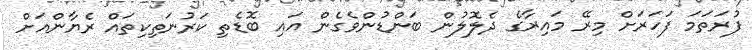
ފުރަތަމަ ފަހަރަށް މިރޭ މައިރާގެ ދެލޮލުން ބަންޑުންވެގެން އައި ބޮޑެތި ކަރުނަތިކިތައް ރެޔާންއަށް